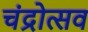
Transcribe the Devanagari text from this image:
चंद्रोत्सव